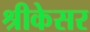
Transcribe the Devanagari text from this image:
श्रीकेसर